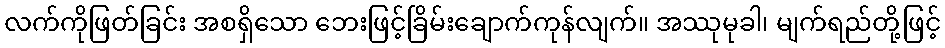
လက်ကိုဖြတ်ခြင်း အစရှိသော ဘေးဖြင့်ခြိမ်းချောက်ကုန်လျက်။ အဿုမုခါ၊ မျက်ရည်တို့ဖြင့်